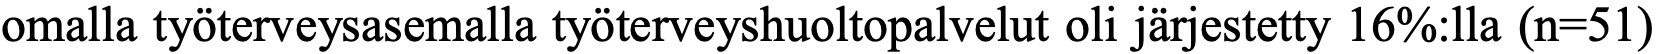
omalla työterveysasemalla työterveyshuoltopalvelut oli järjestetty 16%:lla (n=51)